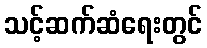
သင့်ဆက်ဆံရေးတွင်